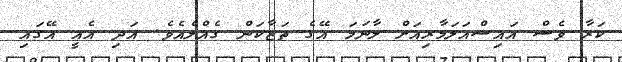
ކަރާ ވެސް އައިސްއަލަމާރިއަށް ލާނަމަ އޭގެ ތަޒާކަން ގެއްލެއެވެ. އަދި އެއީ އޭގައި